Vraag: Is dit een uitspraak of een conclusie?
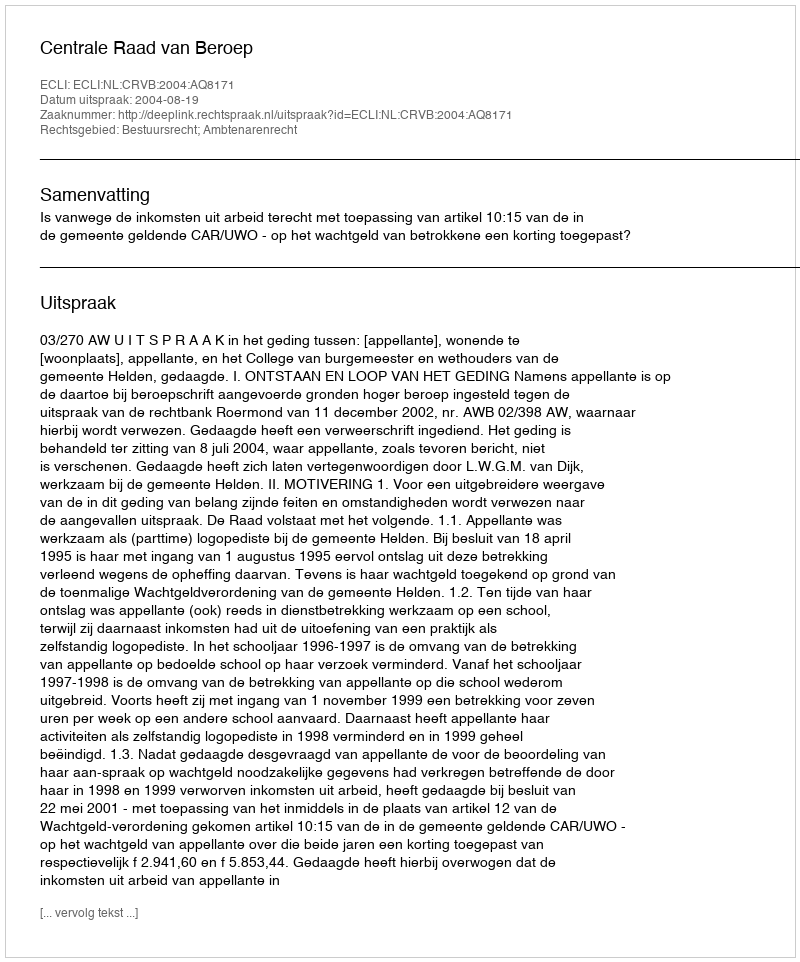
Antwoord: Uitspraak